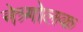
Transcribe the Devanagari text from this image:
नेत्र्गोलक